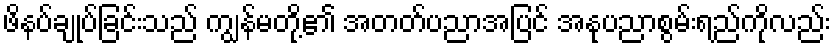
ဖိနပ်ချုပ်ခြင်းသည် ကျွန်မတို့၏ အတတ်ပညာအပြင် အနုပညာစွမ်းရည်ကိုလည်း